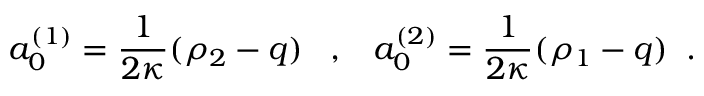
a _ { 0 } ^ { ( 1 ) } = \frac { 1 } { 2 \kappa } ( \rho _ { 2 } - q ) \; \; \; , \; \; \; a _ { 0 } ^ { ( 2 ) } = \frac { 1 } { 2 \kappa } ( \rho _ { 1 } - q ) \; \; .